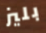
بليز